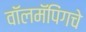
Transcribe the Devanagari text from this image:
वॉलमॅपिंगचे